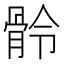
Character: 䯍